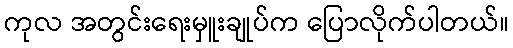
ကုလ အတွင်းရေးမှူးချုပ်က ပြောလိုက်ပါတယ်။